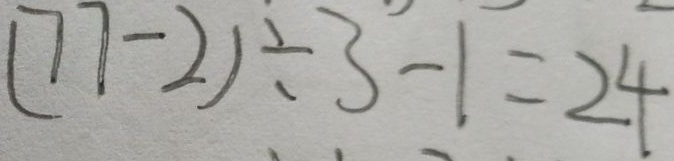
( 7 7 - 2 ) \div 3 - 1 = 2 4